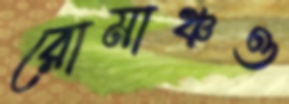
রোমাঞ্চও